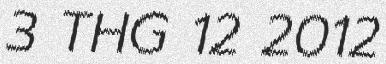
3 THG 12 2012